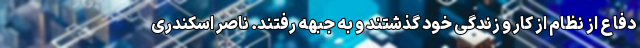
دفاع از نظام از کار و زندگی خود گذشتند و به جبهه رفتند. ناصر اسکندری